[Report on the health of British troops in the Madras command]
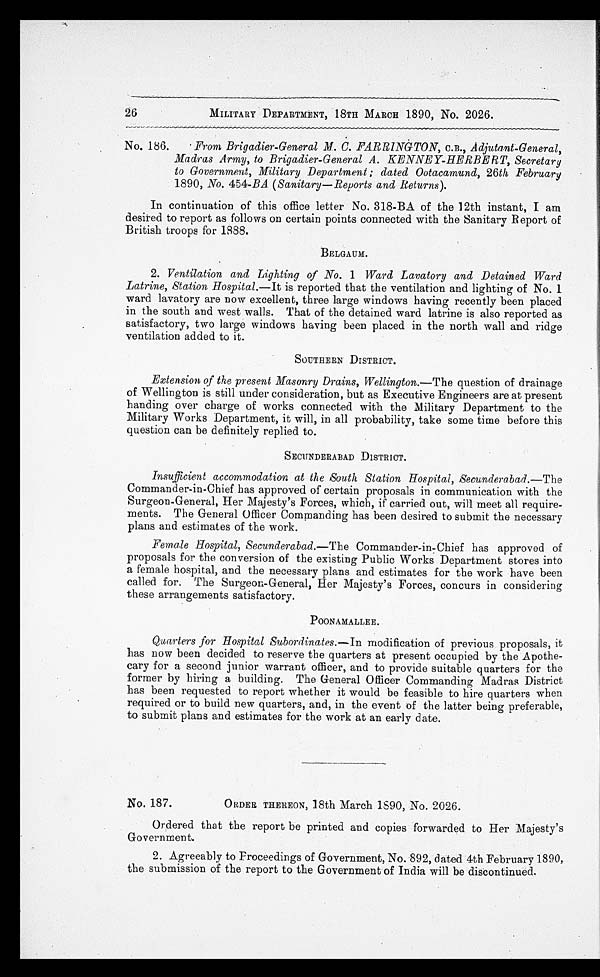
MILITARY DEPARTMENT, 18TH MARCH 1890, No. 2026.
No. 186. From Brigadier-General M. C. FARRINGTON, C.B., Adjutant-General,
Madras Army, to Brigadier-General A. KENNEY-HERBERT, Secretary
to Government, Military Department; dated Ootacamund, 26th February
1890, No. 454- BA ( Sanitary—Reports and Returns ).
In continuation of this office letter No. 318-BA of the 12th instant, I am
desired to report as follows on certain points connected with the Sanitary Report of
British troops for 1888.
BELGAUM.
2. Ventilation and Lighting of No. 1 Ward Lavatory and Detained Ward
Latrine, Station Hospital .—It is reported that the ventilation and lighting of No. 1
ward lavatory are now excellent, three large windows having recently been placed
in the south and west walls. That of the detained ward latrine is also reported as
satisfactory, two large windows having been placed in the north wall and ridge
ventilation added to it.
SOUTHERN DISTRICT.
Extension of the present Masonry Drains, Wellington .—The
question of drainage
of Wellington is still under consideration, but as Executive Engineers are at present
handing over charge of works connected with the Military Department to the
Military Works Department, it will, in all probability, take some time before this
question can be definitely replied to.
SECUNDERABAD DISTRICT.
Insufficient accommodation at the South Station Hospital, Secunderabad .—The
Commander-in-Chief has approved of certain proposals in communication with the
Surgeon-General, Her Majesty's Forces, which, if carried out, will meet all require
-ments. The General Officer Commanding has been desired to submit the necessary
plans and estimates of the work.
Female Hospital, Secunderabad .—The Commander-in-Chief has approved of
proposals for the conversion of the existing Public Works Department stores into
a female hospital, and the necessary plans and estimates for the work have been
called for. The Surgeon-General, Her Majesty's Forces, concurs in considering
these arrangements satisfactory.
POONAMALLEE.
Quarters for Hospital Subordinates .—In modification of previous proposals, it
has now been decided to reserve the quarters at present occupied by the Apothe
-cary for a second junior warrant officer, and to provide suitable quarters for the
former by hiring a building. The General Officer Commanding Madras District
has been requested to report whether it would be feasible to hire quarters when
required or to build new quarters, and, in the event of the latter being preferable,
to submit plans and estimates for the work at an early date.
No. 187.
ORDER THEREON, 18th March 1890, No. 2026.
Ordered that the report be printed and copies forwarded to Her Majesty's
Government.
2. Agreeably to Proceedings of Government, No. 892, dated 4th February 1890,
the submission of the report to the Government of India will be discontinued.
26